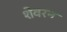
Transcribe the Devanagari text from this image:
शेवरन